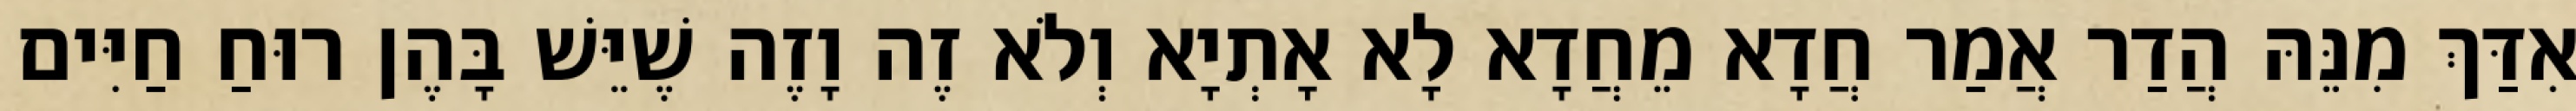
אִדַּךְ מִנֵּהּ הֲדַר אֲמַר חֲדָא מֵחֲדָא לָא אָתְיָא וְלֹא זֶה וָזֶה שֶׁיֵּשׁ בָּהֶן רוּחַ חַיִּים